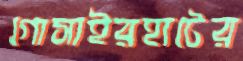
গোসাইরহাটের